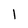
Character: l